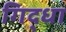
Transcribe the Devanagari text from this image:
गिद्धा